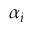
\alpha _ { i }